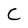
Character: C